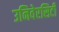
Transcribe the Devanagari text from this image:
उनिवेरसिटी